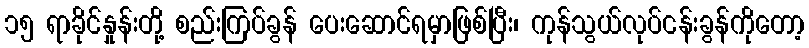
၁၅ ရာခိုင်နှုန်းတို့ စည်းကြပ်ခွန် ပေးဆောင်ရမှာဖြစ်ပြီး၊ ကုန်သွယ်လုပ်ငန်းခွန်ကိုတော့